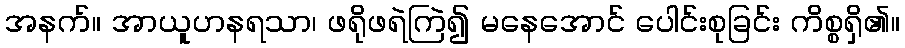
အနက်။ အာယူဟနရသာ၊ ဖရိုဖရဲကြဲ၍ မနေအောင် ပေါင်းစုခြင်း ကိစ္စရှိ၏။